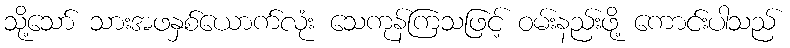
သို့သော် သားအဖနှစ်ယောက်လုံး သေကုန်ကြသဖြင့် ဝမ်းနည်းဖို့ ကောင်းပါသည်